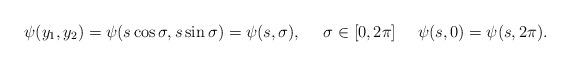
LaTeX: \begin{align*}\psi(y_1, y_2) = \psi(s \cos \sigma, s \sin \sigma) = \psi (s, \sigma), \ \ \ \ \sigma \in [0, 2\pi] \ \ \ \ \psi(s,0) = \psi(s, 2\pi).\end{align*}